Leaving Certificate Examination (including Day School Certificate (Higher) General paper), 1930
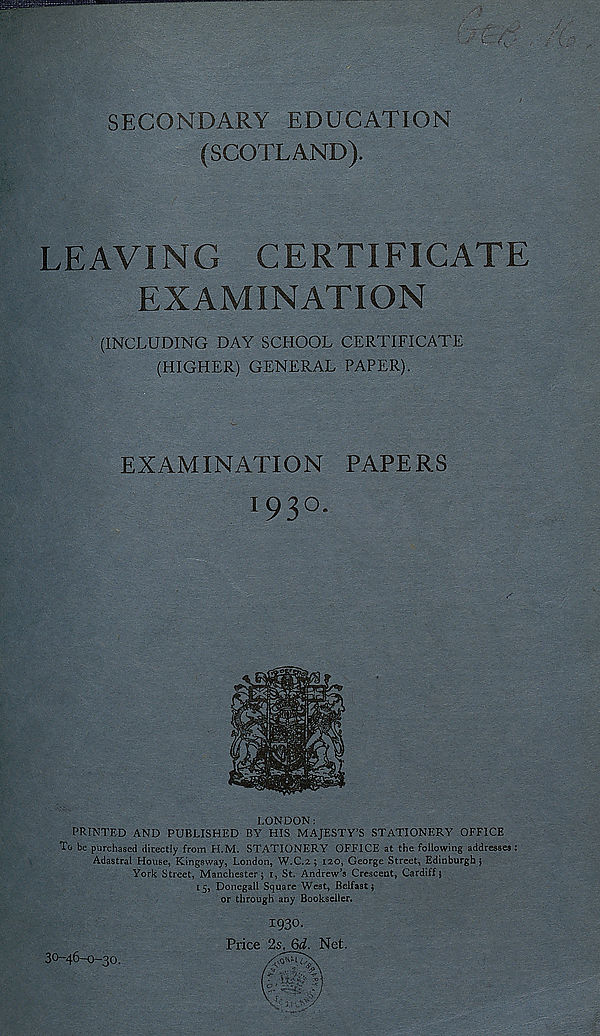
SECONDARY EDUCATION
(SCOTLAND).
LEAVING CERTIFICATE
EXAMINATION
(INCLUDING DAY SCHOOL CERTIFICATE
(HIGHER) GENERAL PAPER).
EXAMINATION PAPERS
1930.
LONDON:
PRINTED AND PUBLISHED BY HIS MAJESTY’S STATIONERY OFFICE
To be purchased directly from H.M. STATIONERY OFFICE at the following addresses;
Adastral House, Kingsway, London, W.C.2; 120, George Street, Edinburgh}
York Street, Manchester} 1, St. Andrew’s Crescent, Cardiff}
15, Donegall Square West, Belfast}
or through any Bookseller.
1930.
Price 2s. 6<i. Net.
30-46-0-30.